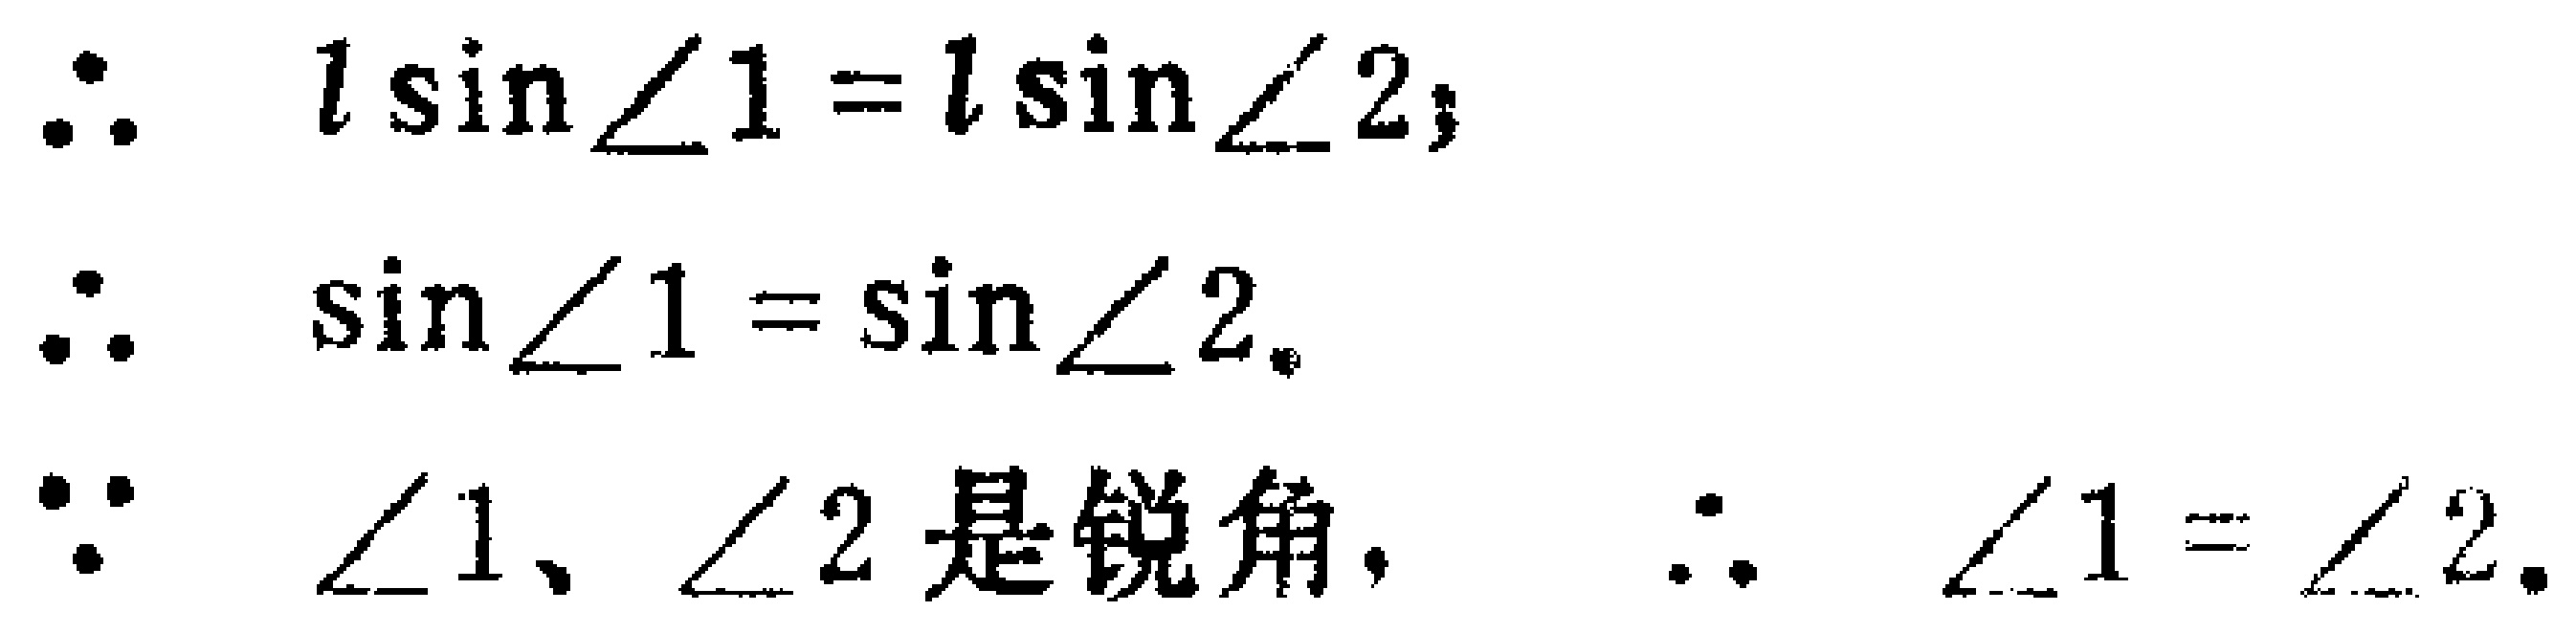
\[
\begin{align*}
&\because l\sin\angle1 = l\sin\angle2;\\
&\therefore \sin\angle1=\sin\angle2.\\
&\because \angle1、\angle2\text{ 是锐角},\\
&\therefore \angle1 = \angle2.
\end{align*}
\]